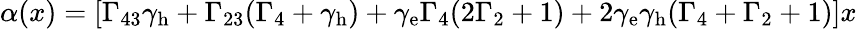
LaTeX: \alpha(x)=[\Gamma_{43}\gamma_{\textrm{h}}+\Gamma_{23}(\Gamma_{4}+\gamma_{\textrm{h}})+\gamma_{\textrm{e}}\Gamma_{4}(2\Gamma_{2}+1)+2\gamma_{\textrm{e}}\gamma_{\textrm{h}}(\Gamma_{4}+\Gamma_{2}+1)]x